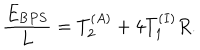
\frac { E _ { { \mathrm B P S } } } L = T _ { 2 } ^ { ( A ) } + 4 T _ { 1 } ^ { ( I ) } R .